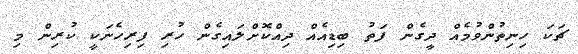
ޗަކަ ހިނިތުންވުމެއް ދީގެން ފަތު ބިޑިއެއް ދިއްކޮށްލައިގެން ހުރި ފިރިހެނަކީ ކުރިން މި